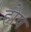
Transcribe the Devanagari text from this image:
होष